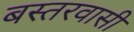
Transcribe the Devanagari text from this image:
बस्तरवासी